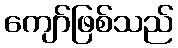
ကျော်ဖြစ်သည်